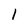
Character: l